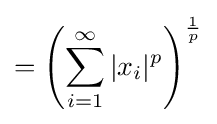
=\left(\sum _{i=1}^{\infty }|x_{i}|^{p}\right)^{\frac {1}{p}}